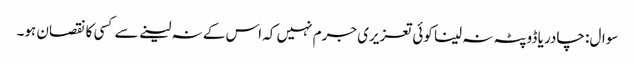
سوال: چادر یا ڈوپٹہ نہ لینا کوئی تعزیری جرم نہیں کہ اس کے نہ لینے سے کسی کا نقصان ہو۔